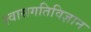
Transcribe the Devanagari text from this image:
श्वासगतिविज्ञान